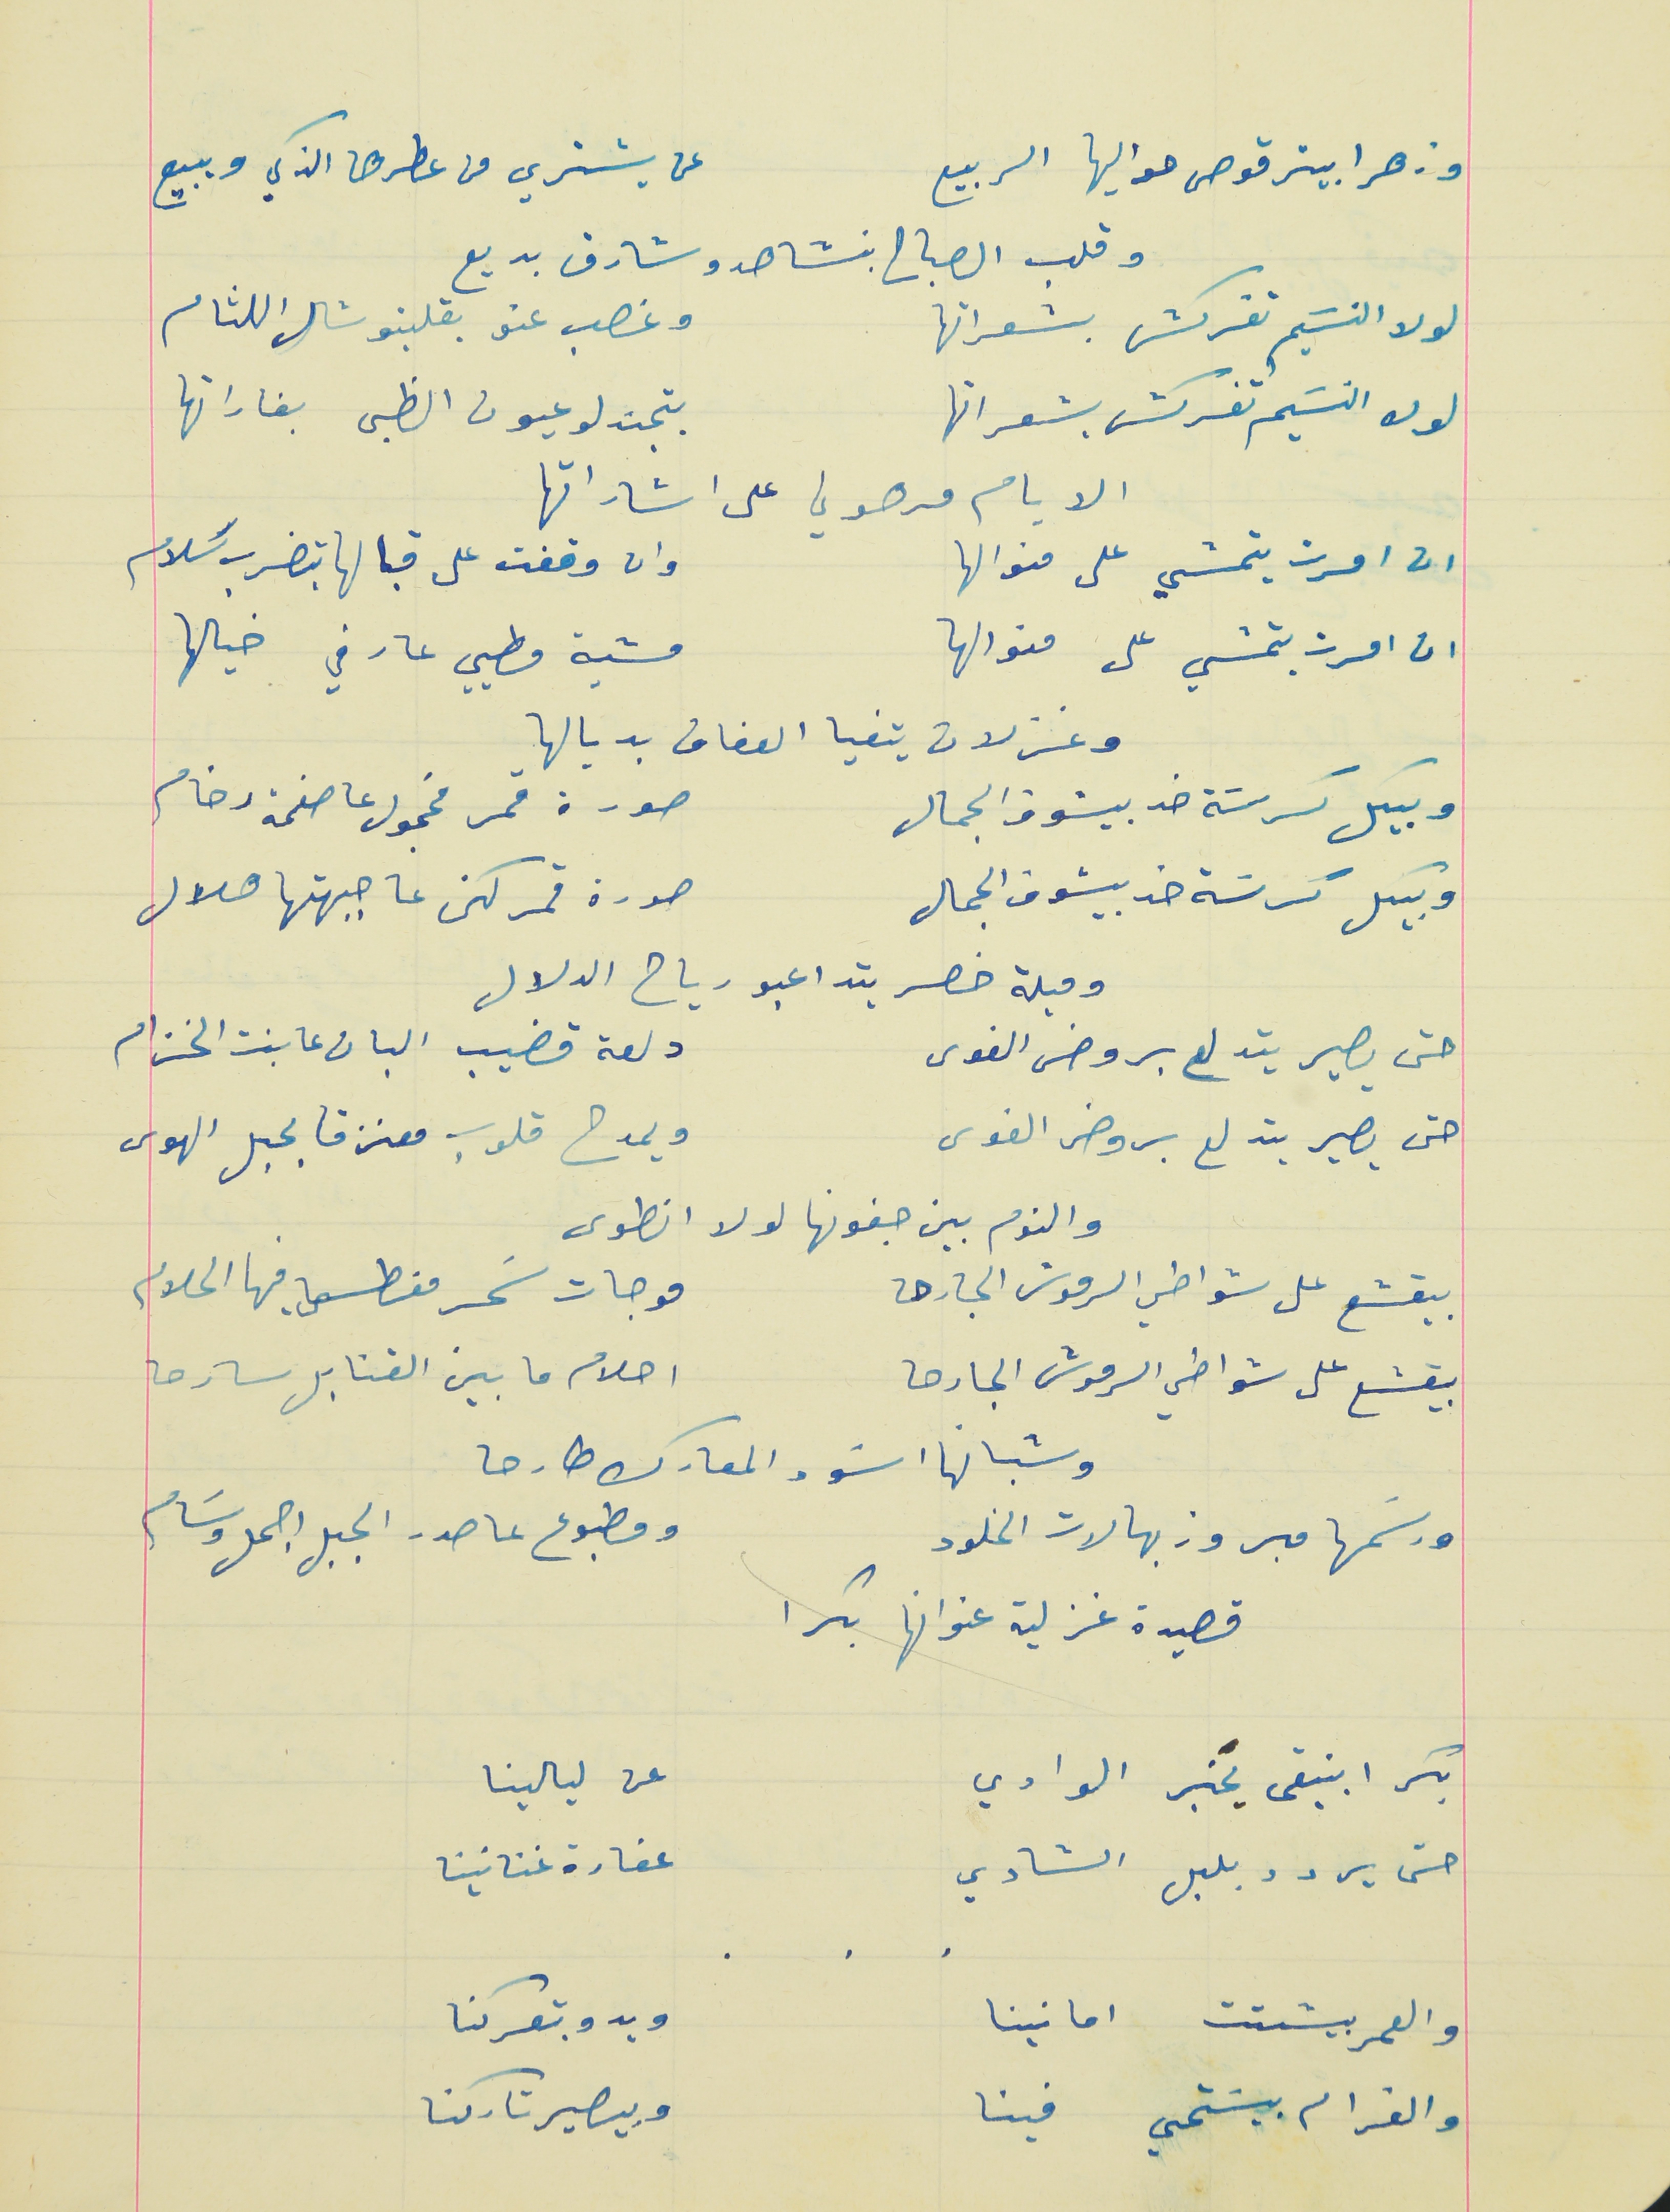
وزهرا بيترقوص حواليها الربيع                                عن يشتري من عطرها الذكي ويبيع
لولا النسَيم تفركش بشعراتها                                وغصب عنو بقلبتو شال اللثام
لولا النسَيم تفركش بشعراتها                                بتجندلو عيون الظبى بغاراتها
ان امرت بتمشي على منوالها                                 وان وقفت على قبالها بتضرب سَلام
ان امرت بتمشي على منوالها                               مشية مطيي عارفي خيالها
وبيكل كرسَة خد بيشوف الجمال                               صورة قمر مخجول عا صفحة رخام
وبيكل كرسَة خد بيشوف الجمال                                 صورة قمر لكن عا جبهتها هلال
حتى يصير يتدلع بروض الغوى                                دلعة قضيب البان عا بنت الخزام
حتى يصير يتدلع بروض الغوى                                   ويمدح قلوب معنزقا بحبل الهوى
بيقشع على شواطي الرموش الجارحه                         موجات سَحر مغطسا فيها الحلام
بيقشع على شواطي الرموش الجارحا                           احلام ما بين القنابل سارحا
وشبانها اسَود المعارك طارحا
 ورسَمها مبروز بهالات الخلود                                      ومطبوع عا صدر الجبل اجمل وسَام
قصيدة غزلية عنوانها بكرا
بكرا بيبقى يخبر الوادي                                                عن ليالينا
حتى يردو بلبل الشادي                                                عفارة غنانينا
والعمر بيشتت امانينا                                                ويدو بتعركنا
وقلب الصباح بنشاهد وشارق بديع
وغزلان يتفيا العفاف بديالها
الايام مرهوني على اشاراتها
وميلة خصر بتداعبو رياح الدلال
والنوم بين جفونها لولا انطوى
والغرام بيسَتحي فينا                                                    وبيصير تاركنا
       .    .    .